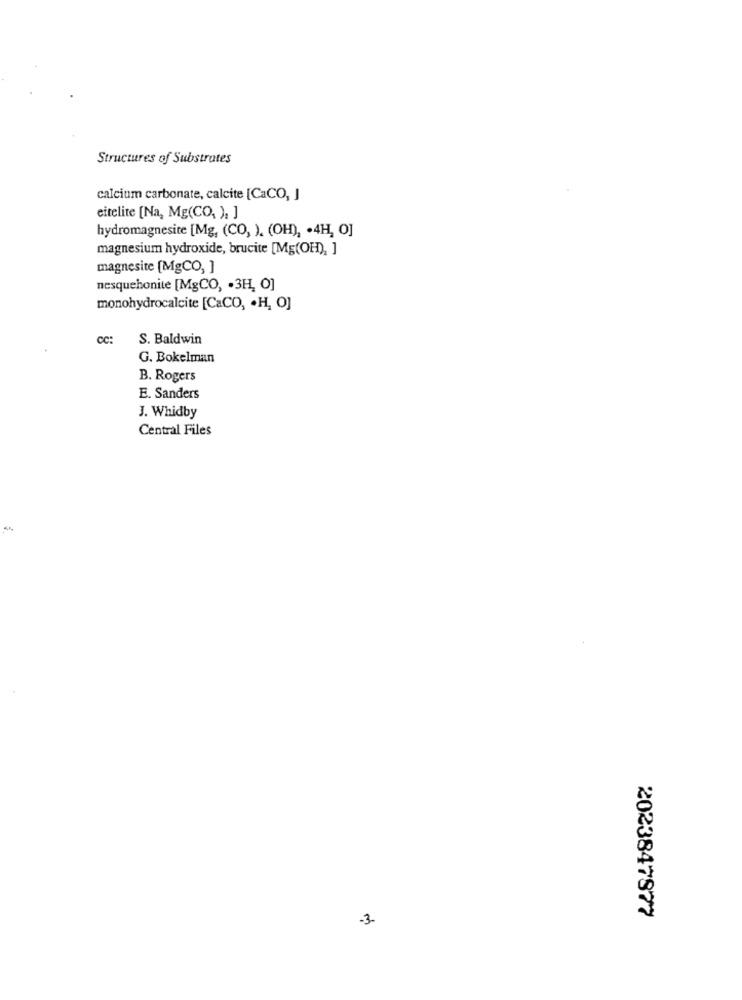
Structures of Substrates
calcium carbonate, calcite [CaCO, J
eitelite [Na, Mg(CO, ). ]
hydromagnesite [Mg, (CO, ). (OH), . 4H, O]
magnesium hydroxide, brucite [Mg(OH), ]
magnesite [MgCO, ]
nesquehonite [MgCO, . 3H, O]
monohydrocalcite [CaCO, . H, O]
CC:
S. Baldwin
G. Bokelman
B. Rogers
E. Sanders
J. Whidby
Central Files
-3.
2023847877